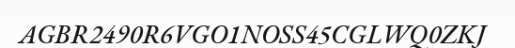
AGBR2490R6VGO1NOSS45CGLWQ0ZKJ